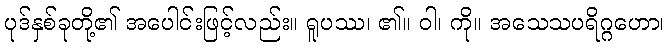
ပုဒ်နှစ်ခုတို့၏ အပေါင်းဖြင့်လည်း။ ရူပဿ၊ ၏။ ဝါ၊ ကို။ အသေသပရိဂ္ဂဟော၊